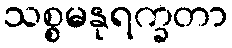
သစ္စမနုရက္ခတာ